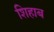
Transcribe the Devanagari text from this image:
शिहाब